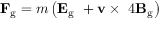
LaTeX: \mathbf { F _ { \mathrm { g } } } = m \left( \mathbf { E } _ { \mathrm { g } } \ + \mathbf { v } \times \ 4 \mathbf { B } _ { \mathrm { g } } \right)